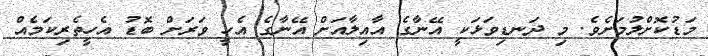
މަޑުކޮށްލުމަށެވެ. މި ދަނޑިވަޅަކީ އޭނާގެ އާއިލާއަށް އޭނާގެ އެހީ ވަރަށް ބޮޑު އެހީތެރިކަމެއް